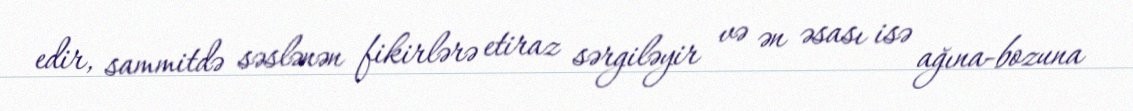
edir, sammitdə səslənən fikirlərə etiraz sərgiləyir və ən əsası isə ağına-bozuna